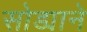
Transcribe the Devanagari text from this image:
सोड्याने